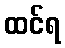
ထင်ရ